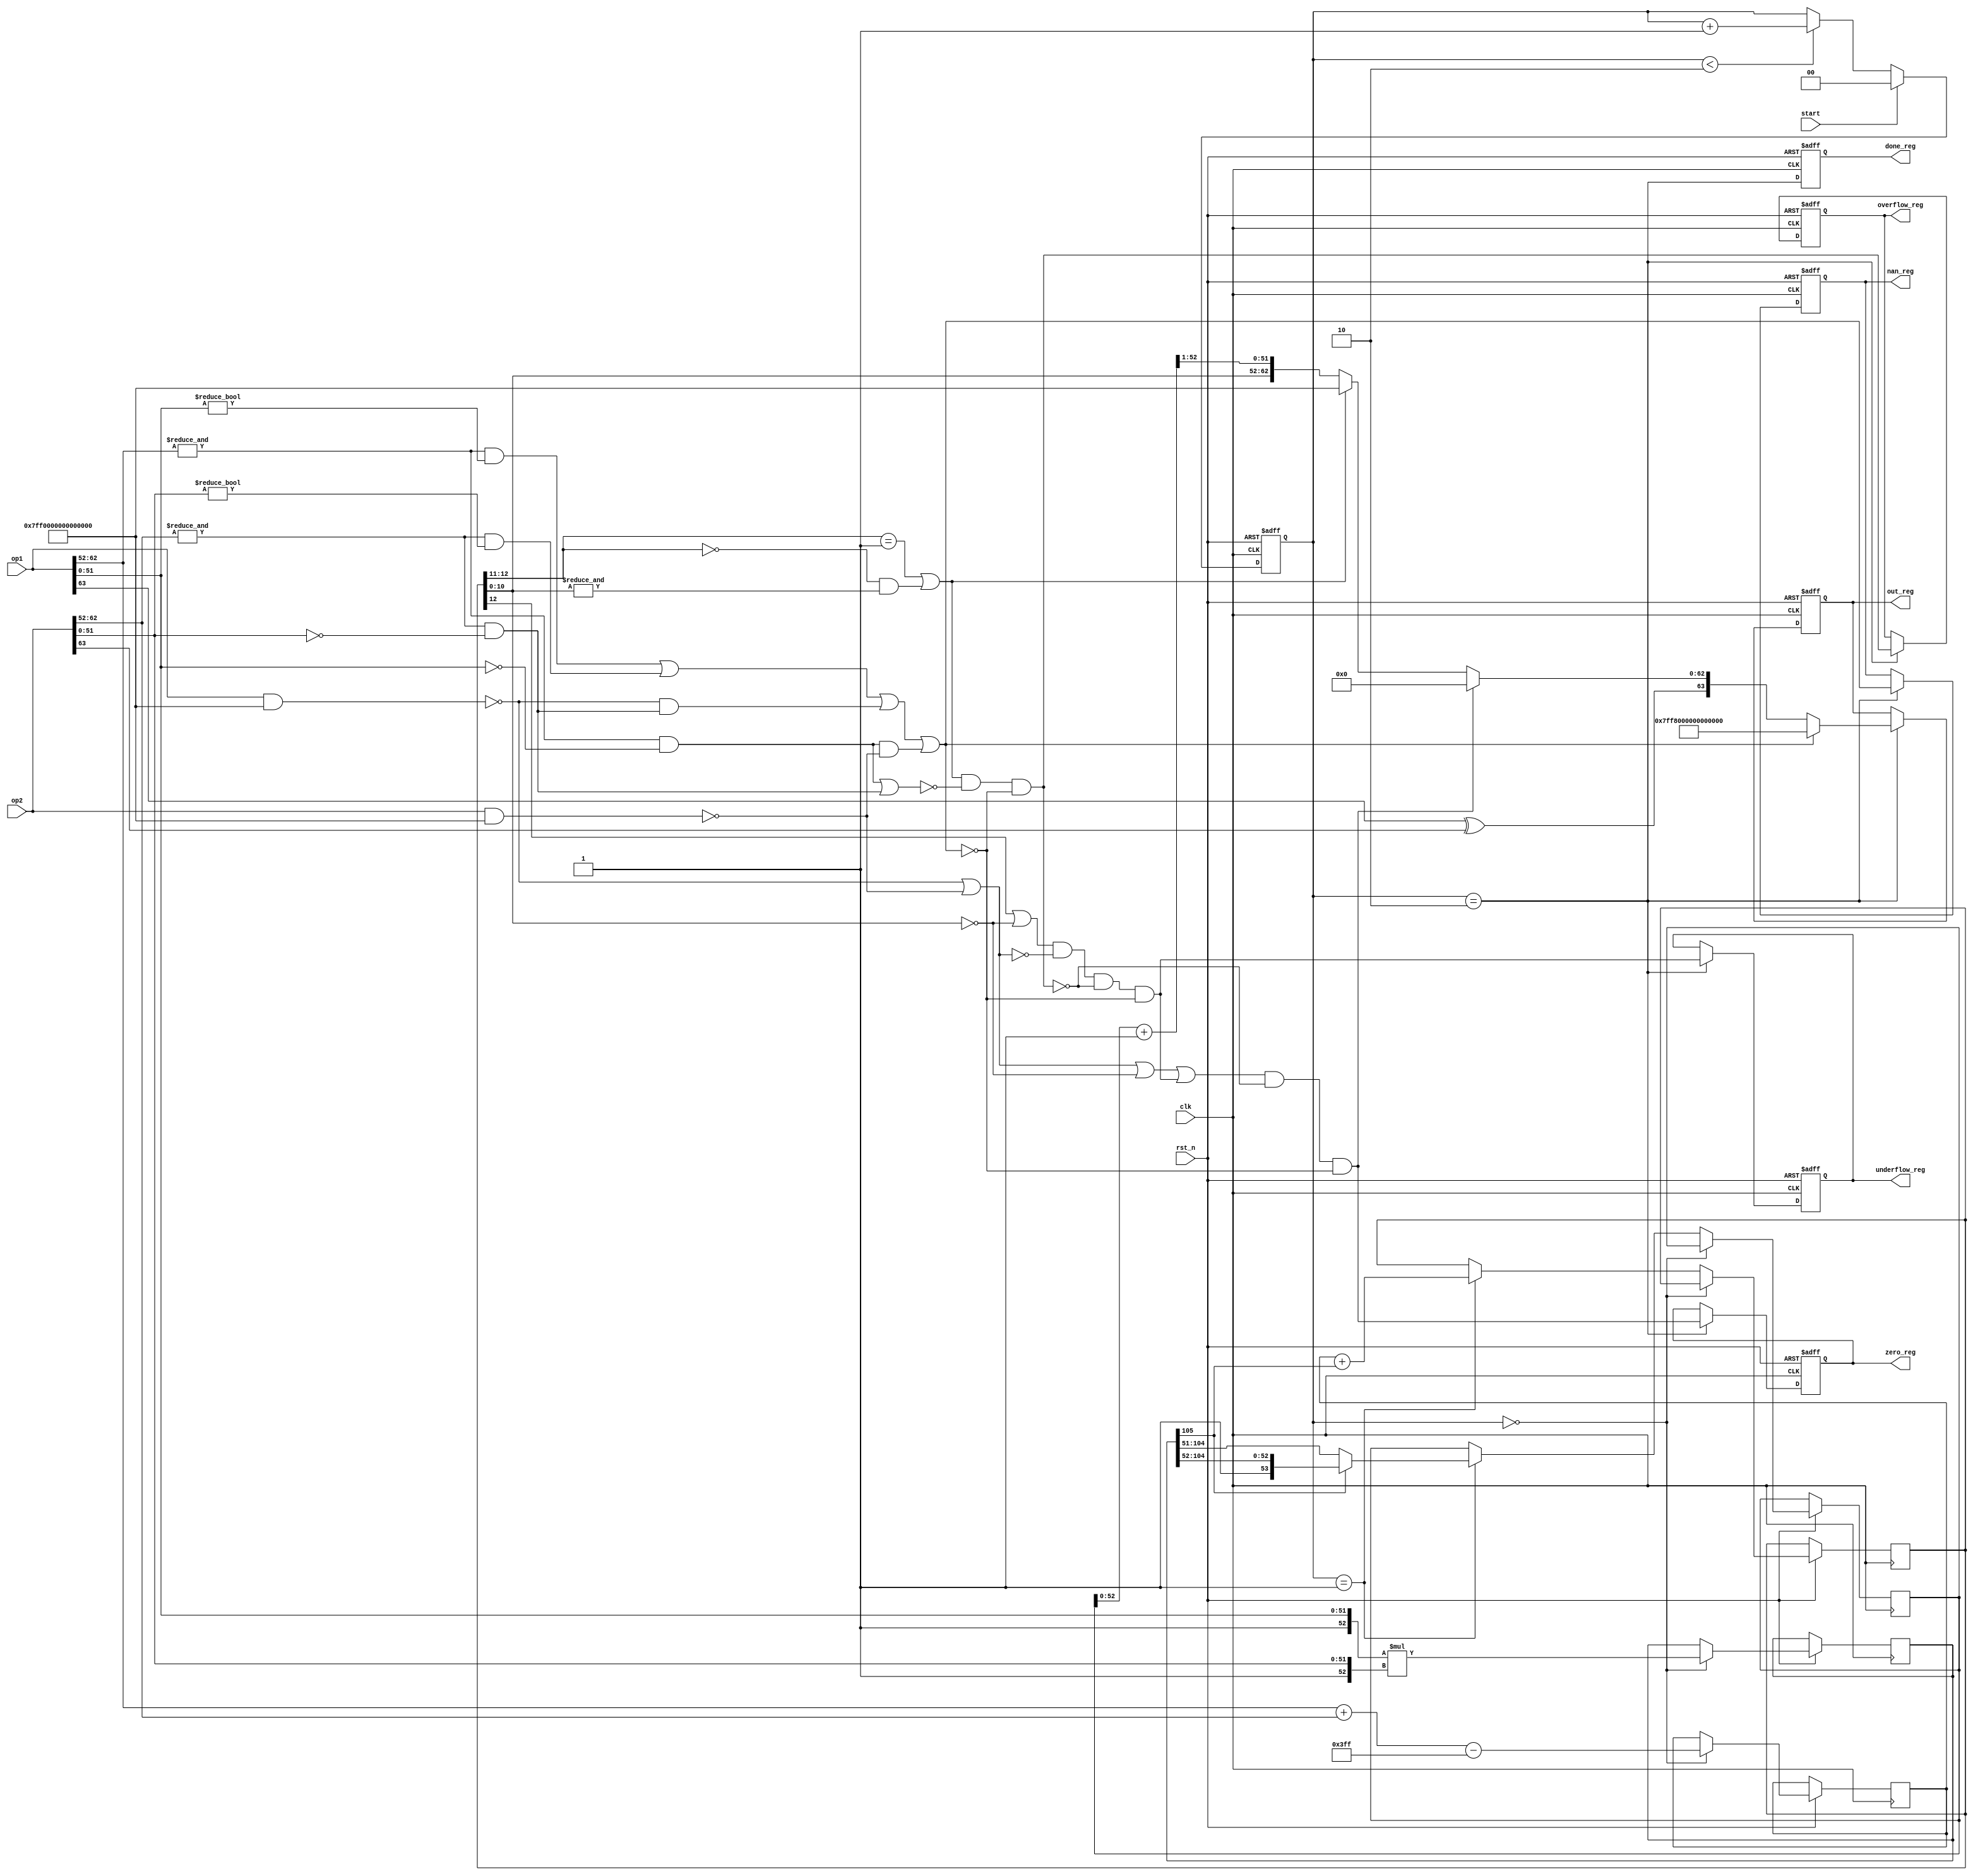
module mul_float
  #(parameter
   FLOAT_WIDTH = 64
  )
  (
  input wire rst_n, clk, start,
  input wire [FLOAT_WIDTH - 1: 0] op1, op2,
  output reg [FLOAT_WIDTH - 1: 0] out_reg,
  output reg nan_reg,
  output reg overflow_reg,
  output reg underflow_reg,
  output reg zero_reg,
  output reg done_reg
  );
  localparam EXP_WIDTH = (FLOAT_WIDTH == 64) ? 11: 8; 
  localparam FRACTION_WIDTH = (FLOAT_WIDTH == 64) ? 52: 23;
  localparam FULL_FRACTION_WIDTH = FRACTION_WIDTH + 3;
  localparam SIGN_BIT =  FLOAT_WIDTH - 1;
  localparam EXP_MSB = SIGN_BIT - 1;
  localparam EXP_LSB = EXP_MSB - EXP_WIDTH + 1;
  localparam EXP_SHIFT = (2 ** (EXP_WIDTH - 1)) - 1;
  localparam EXP_MAX = (2 ** (EXP_WIDTH)) - 1;
  localparam FRACTION_MSB = EXP_LSB - 1;
  localparam NAN_VALUE = (FLOAT_WIDTH == 64) ? 64'h7FF8_0000_0000_0000: 32'hFFC0_0000;
  localparam INF_VALUE = (FLOAT_WIDTH == 64) ? 64'h7FF0_0000_0000_0000: 32'h7F80_0000;
  localparam PRODUCT_WIDTH = (FRACTION_WIDTH + 1) * 2;
  localparam STAGE_REG_WIDTH = 2;
  localparam MAX_STAGE_REG = 2;
  
  wire [EXP_WIDTH - 1: 0] exp1 = op1[EXP_MSB: EXP_LSB],
    exp2 = op2[EXP_MSB: EXP_LSB];
	
  wire [FRACTION_WIDTH: 0] frac1 = {1'b1, op1[FRACTION_MSB: 0]},
  frac2 = {1'b1, op2[FRACTION_MSB: 0]};
  
  reg [STAGE_REG_WIDTH - 1: 0] stage_reg;
  wire [STAGE_REG_WIDTH - 1: 0] next_stage = stage_reg + 1;
  
  always@(posedge clk or negedge rst_n)
  begin: stage_inc
    if(!rst_n)
	   stage_reg <= 0;
	 else
	 begin
	   if(start)
		  stage_reg <= 0;
		else if(stage_reg < MAX_STAGE_REG)
        stage_reg <= next_stage;
    end
  end

  reg [EXP_WIDTH + 1: 0] full_exp_sum_reg, full_exp_sum_after_correction_reg; //full exp sum has two additional bits
  reg [PRODUCT_WIDTH - 1: 0] full_frac_reg;
  reg [FRACTION_WIDTH + 1: 0] frac_res_before_rounding_reg;
 
  always@(posedge clk or negedge rst_n)
  begin
    if(!rst_n)
	 begin

	 end
	 else
    begin
	   if(stage_reg == 0)
		begin
	     full_exp_sum_reg <= exp1 + exp2 - EXP_SHIFT;
	     full_frac_reg <= frac1 * frac2; 
		end
		else if(stage_reg == 1)
		begin
		  //exp correction must be undertaken
		  full_exp_sum_after_correction_reg <= full_exp_sum_reg + full_frac_reg[PRODUCT_WIDTH - 1];
		  frac_res_before_rounding_reg <= full_frac_reg[PRODUCT_WIDTH - 1]? full_frac_reg[PRODUCT_WIDTH - 1: PRODUCT_WIDTH - FRACTION_WIDTH - 2] : full_frac_reg[PRODUCT_WIDTH - 2: PRODUCT_WIDTH - FRACTION_WIDTH - 3];
		end
		// it is not the end...
	 end
  end

  wire [FRACTION_WIDTH + 1: 0] frac_res_after_rounding = frac_res_before_rounding_reg + 1;
  wire [FRACTION_WIDTH - 1: 0] frac_res = frac_res_after_rounding[FRACTION_WIDTH: 1];
  wire sign1 = op1[SIGN_BIT],
    sign2 = op2[SIGN_BIT];
  wire sign_res = sign1 ^ sign2;
  wire [EXP_WIDTH - 1: 0] exp_res = full_exp_sum_after_correction_reg[EXP_WIDTH - 1: 0]; 
  wire 
  is_zero1 = (op1 & INF_VALUE) == 0,
  is_zero2 = (op2 & INF_VALUE) == 0,
  is_nan1 = &exp1 && (op1[FRACTION_WIDTH - 1: 0] != 0),
  is_nan2 = &exp2 && (op2[FRACTION_WIDTH - 1: 0] != 0),
  is_inf1 = &exp1 && (op1[FRACTION_WIDTH - 1: 0] == 0),
  is_inf2 = &exp2 && (op2[FRACTION_WIDTH - 1: 0] == 0),
  is_inf_result = (full_exp_sum_after_correction_reg[EXP_WIDTH + 1: EXP_WIDTH] == 2'b01) || ((full_exp_sum_after_correction_reg[EXP_WIDTH + 1: EXP_WIDTH] == 2'b00) && (&full_exp_sum_after_correction_reg[EXP_WIDTH - 1: 0])),
  is_nan_result = is_nan1 || is_nan2 || (is_zero1 && is_inf2) || (is_inf1 && is_zero2),
  is_overflow_result = is_inf_result && !(is_inf1 || is_inf2) && !is_nan_result,
  is_underflow_result = (full_exp_sum_after_correction_reg[EXP_WIDTH + 1] || (exp_res == 0)) && !(is_zero1 || is_zero2) && !is_overflow_result && !is_nan_result,
  is_zero_result = (is_zero1 || is_zero2 || (exp_res == 0) || is_underflow_result) && !is_overflow_result && !is_nan_result;
  
  always@(posedge clk or negedge rst_n)
  begin: result_out
    if(!rst_n)
	 begin
      out_reg <= 0;
	 end
	 else
    if(stage_reg == 2)
    begin
	   if(is_nan_result)
		begin
		  out_reg <= NAN_VALUE;
		end
		else if(is_zero_result)
		begin
		  out_reg <= {sign_res, {(FRACTION_WIDTH + EXP_WIDTH){1'b0}}};
		end
		else if(is_inf_result)
		begin
		  out_reg <= {sign_res,  {EXP_WIDTH{1'b1}}, {FRACTION_WIDTH{1'b0}}};
		end
		else
		begin
	     out_reg <= {sign_res, exp_res, frac_res};
		end
	 end
  end
  
  always@(posedge clk or negedge rst_n)
  begin: done_out
    if(!rst_n)
	 begin
      done_reg <= 0;
	 end
	 else
	 begin
      done_reg <= stage_reg == MAX_STAGE_REG; //done
    end
  end  
  
  always@(posedge clk or negedge rst_n)
  begin: aux_outs
    if(!rst_n)
	 begin
      nan_reg <= 0;
      overflow_reg <= 0;
      underflow_reg <= 0;
      zero_reg <= 0;
	 end
	 else
	 begin
      if(stage_reg == 2)
		begin
		  nan_reg <= is_nan_result;
        overflow_reg <= is_overflow_result;
        underflow_reg <= is_underflow_result;
        zero_reg <= is_zero_result;
		end
    end
  end  
  
endmodule